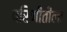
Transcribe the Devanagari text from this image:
परिणीतीला